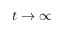
t \to \infty